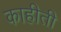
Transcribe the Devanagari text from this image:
काहीती